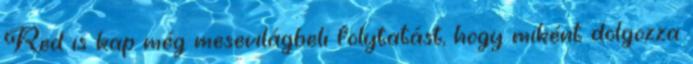
Red is kap még mesevilágbeli folytatást, hogy miként dolgozza